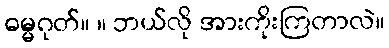
ဓမ္မဂုတ်။ ။ ဘယ်လို အားကိုးကြတာလဲ။